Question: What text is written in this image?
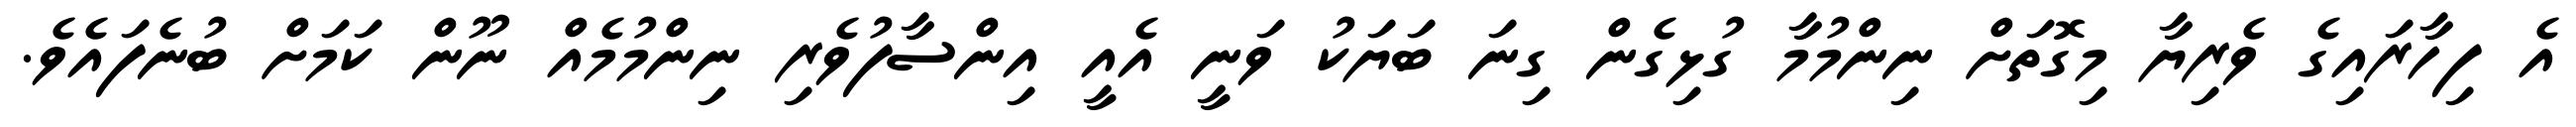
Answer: އެ ފިހާރައިގެ ވެރިޔާ މިގޮތަށް ނިންމުމާ ގުޅިގެން ގިނަ ބަޔަކު ވަނީ އެއީ އިންސާފުވެރި ނިންމުމެއް ނޫން ކަމަށް ބުނެފައެވެ.